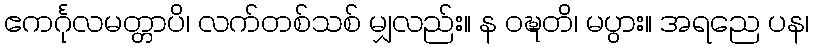
ဧကင်္ဂုလမတ္တာပိ၊ လက်တစ်သစ် မျှလည်း။ န ဝဍ္ဎတိ၊ မပွား။ အရညေ ပန၊